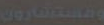
ومستشارون